画像に写った文字を読んでください
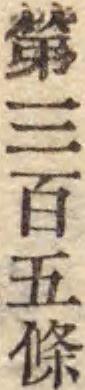
「第三百五條」と書いてあります